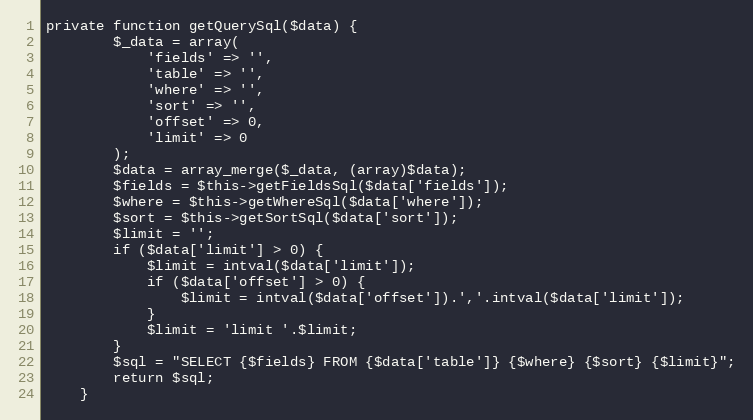
Language: PHP
private function getQuerySql($data) {
		$_data = array(
			'fields' => '',
			'table' => '',
			'where' => '',
			'sort' => '',
			'offset' => 0,
			'limit' => 0
		);
		$data = array_merge($_data, (array)$data);
		$fields = $this->getFieldsSql($data['fields']);
		$where = $this->getWhereSql($data['where']);
		$sort = $this->getSortSql($data['sort']);
		$limit = '';
		if ($data['limit'] > 0) {
			$limit = intval($data['limit']);
			if ($data['offset'] > 0) {
				$limit = intval($data['offset']).','.intval($data['limit']);
			}
			$limit = 'limit '.$limit;
		}
		$sql = "SELECT {$fields} FROM {$data['table']} {$where} {$sort} {$limit}";
		return $sql;
	}